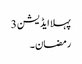
پہلا ایڈیشن 3
رمضان ۔